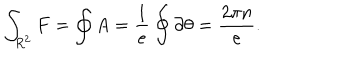
\int _ { R ^ { 2 } } { F } = \oint { A } = \frac { 1 } { e } \oint \partial \theta = \frac { 2 \pi n } { e } .